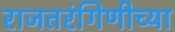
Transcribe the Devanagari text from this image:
राजतरंगिणीच्या